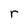
Character: r